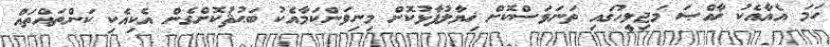
ހަމަ އެއާއެކު ޚާއްޞަ މަޖިލީހުގައި ތަނަވަސްކޮށް ޚިޔާލުފާޅުކޮށް މިނިވަންކަމާއެކު ބަޙުޘުކޮށްގެން އެކިއެކި ކަންތައްތައް